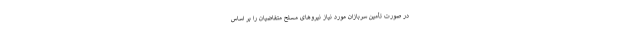
در صورت تأمین سربازان مورد نیاز نیروهای مسلح متقاضیان را بر اساس